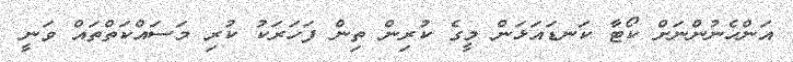
އަންހެނުންނަށް ކޯޓާ ކަނޑައަޅަން މީގެ ކުރިން ތިން ފަހަރަކު ކުރި މަސައްކަތްތައް ވަނީ